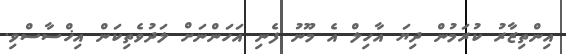
އިންތިޒާރު ކުރަމުން ދިޔަ އާހިލް އެ މޫނު ފެނި އަހަންނަށް ލަދުވެތިކަން އިޚްސާސްވި.